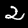
Label: 2